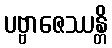
ပဗ္ဗာဇေဿန္တိ